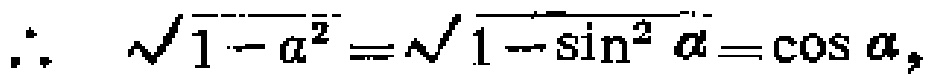
\(\therefore \sqrt{1 - a^{2}}=\sqrt{1 - \sin^{2}\alpha}=\cos\alpha,\)